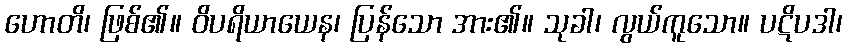
ဟောတိ၊ ဖြစ်၏။ ဝိပရိယာယေန၊ ပြန်သော အား၏။ သုခါ၊ လွယ်ကူသော။ ပဋိပဒါ၊